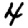
Digit: 4